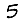
Digit: 5